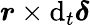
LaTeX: \boldsymbol{r}\times\mathrm{d}_{t}\boldsymbol{\delta}